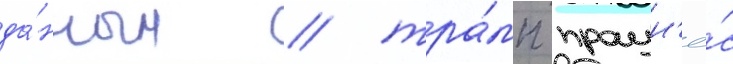
да́нным / тра́мп произн'ё́с